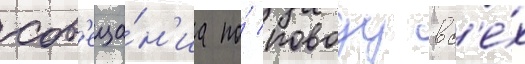
сов'еща́н'иа по́ поводу вс'е́х